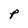
Character: p